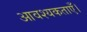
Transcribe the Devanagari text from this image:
आवश्यकताएँ।